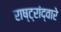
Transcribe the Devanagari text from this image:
राष्ट्रांद्वारे